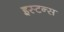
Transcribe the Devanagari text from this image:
इस्टन्स